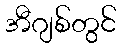
အီဂျစ်တွင်